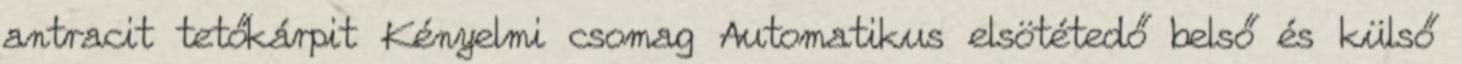
antracit tetőkárpit Kényelmi csomag Automatikus elsötétedő belső és külső